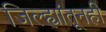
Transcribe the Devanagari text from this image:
जिल्ह्यांतूनही